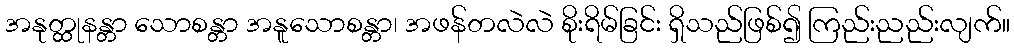
အနုတ္ထုနန္တာ သောစန္တာ အနူသောစန္တာ၊ အဖန်တလဲလဲ စိုးရိမ်ခြင်း ရှိသည်ဖြစ်၍ ကြည်းညည်းလျက်။